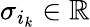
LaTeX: \sigma_{i_{k}}\in\mathbb{R}